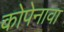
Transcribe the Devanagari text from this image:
कोपेनावा